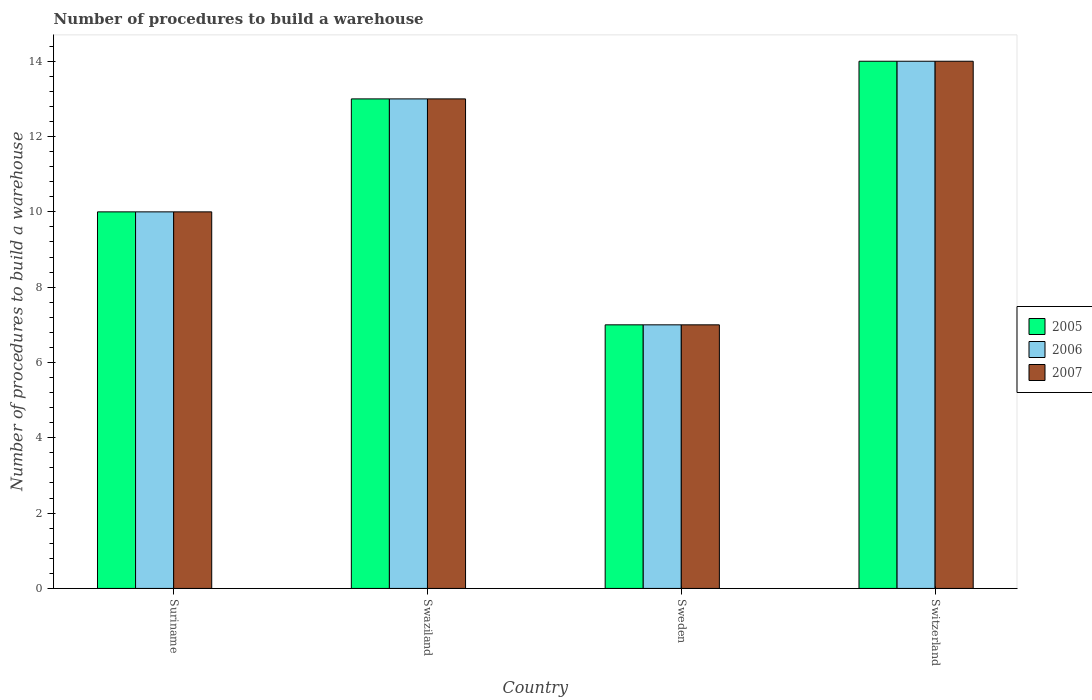
| Country | 2005 | 2006 | 2007 |
 | --- | --- | --- | --- |
 | Suriname | 10 | 10 | 10 |
 | Swaziland | 13 | 13 | 13 |
 | Sweden | 7 | 7 | 7 |
 | Switzerland | 14 | 14 | 14 |